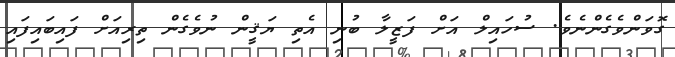
ގޮވަންވެގެންނެވެ. ސުހައިލް އަށް ފަޒީލާ ބުނި އެތި ޔަޤީން ނުވެގެން ތިރިއަށް ފައިބައިފައި